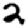
Digit: 2